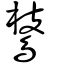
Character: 𪂅